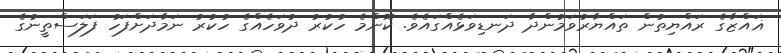
ޣައްޒާގެ ރައްޔިތުން ތައްޔާރުވަމުންދާ ދަނޑިވަޅެއްގައެވެ. ކޮންމެ ހުކުރު ދުވަހެއްގެ ހުކުރު ނަމާދަށްފަހު ފަލަސްތީނުގެ